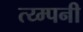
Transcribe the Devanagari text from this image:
त्य्म्पनी